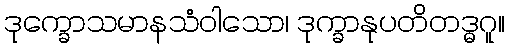
ဒုက္ခောသမာနသံဝါသော၊ ဒုက္ခာနုပတိတဒ္ဓဂူ။